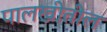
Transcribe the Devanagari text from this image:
पालखीतील